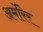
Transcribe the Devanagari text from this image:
अर्मोरेर